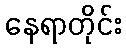
နေရာတိုင်း